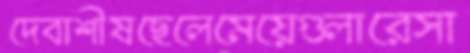
দেবাশীষছেলেমেয়েগুলারেসা